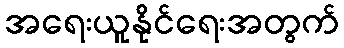
အရေးယူနိုင်ရေးအတွက်